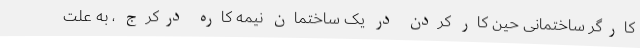
کارگر ساختمانی حین کار کردن در یک ساختمان نیمه کاره درکرج ، به علت